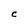
Character: C